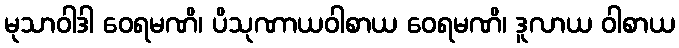
မုသာဝါဒါ ဝေရမဏိ၊ ပိသုဏာယဝါစာယ ဝေရမဏိ၊ ဒူလာယ ဝါစာယ